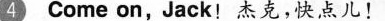
Come on，Jack！杰克，快点儿！